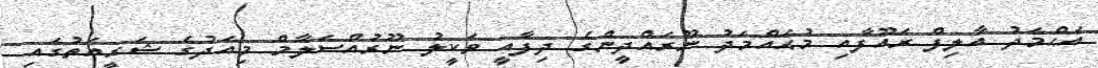
އަޙްމަދު އާލިފް ރައޫފާއި މުޙައްމަދު ނޫރައްދީންގެ ދިފާއީ ވަކީލު ނޫރުއްސަލާމް މިއަދުގެ ޝަރީއަތުގައި